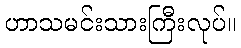
ဟာသမင်းသားကြီးလုပ်။